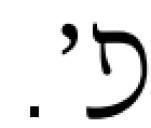
פ׳.